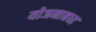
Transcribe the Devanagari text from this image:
योजनाबध्द